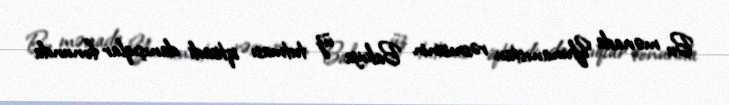
Bu mənada Yunanıstan rəsmisinin Bakıya üz tutması iqtisadi danışıqlar fonunda